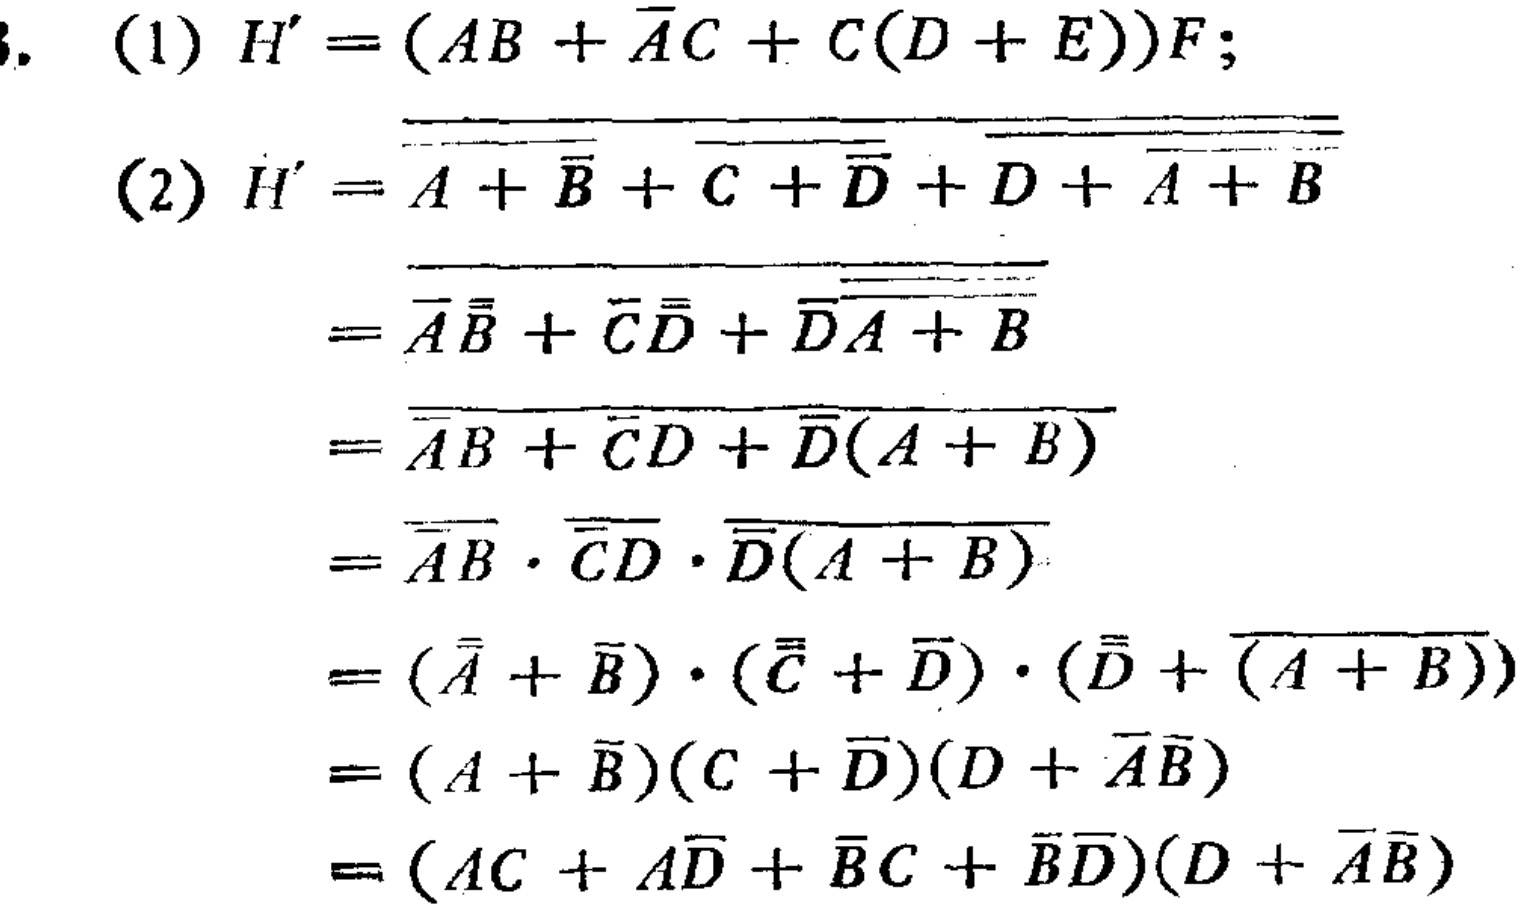
(1) \(H'=(AB + \overline{A}C + C(D + E))F\);

(2) \(H'=\overline{\overline{\overline{A+\overline{B}}+\overline{\overline{C}+\overline{D}}+\overline{\overline{D}+\overline{A + B}}}}\)

\(=\overline{\overline{\overline{A}\overline{\overline{B}}+\overline{\overline{C}\overline{\overline{D}}}+\overline{\overline{D}\overline{\overline{A + B}}}}}\)

\(=\overline{\overline{\overline{A}B+\overline{\overline{C}D}+\overline{\overline{D}(A + B)}}}\)

\(=\overline{\overline{\overline{A}B}}\cdot\overline{\overline{\overline{C}D}}\cdot\overline{\overline{\overline{D}(A + B)}}\)

\(=(\overline{\overline{\overline{A}}+\overline{\overline{B}}})\cdot(\overline{\overline{\overline{C}}+\overline{\overline{D}}})\cdot(\overline{\overline{\overline{D}}+\overline{(A + B)}})\)

\(=(A + \overline{B})(C+\overline{D})(D+\overline{A}\overline{B})\)

\(=(AC + A\overline{D}+\overline{B}C+\overline{B}\overline{D})(D+\overline{A}\overline{B})\)